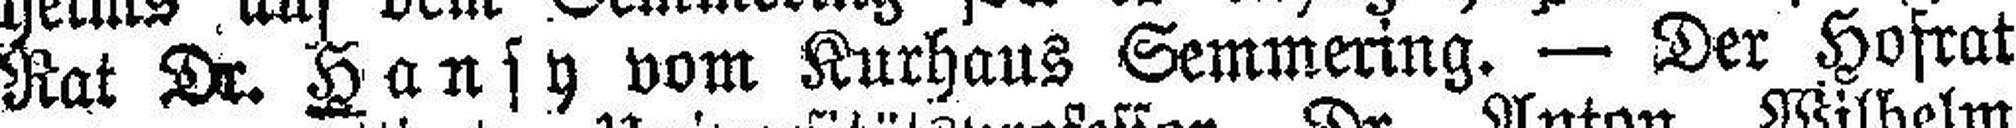
Rat Dr. Hansy vom Kurhaus Semmering. — Der Hosrat